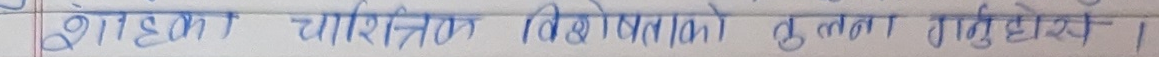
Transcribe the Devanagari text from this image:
शाश्का चारित्रिक विशेषताको तुलना गर्नुहोस ।